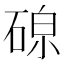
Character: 𪿧